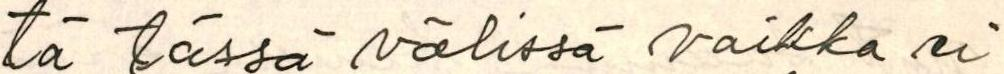
tä tässä välissä vaikka ei